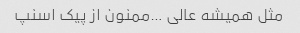
مثل همیشه عالی …ممنون از پیک اسنپ